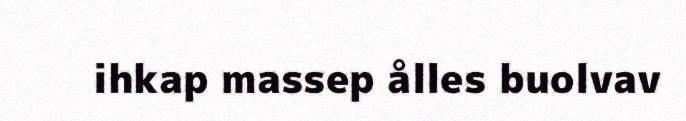
ihkap massep ålles buolvav